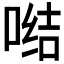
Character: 𭉗